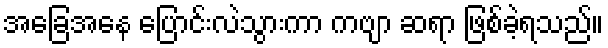
အခြေအနေ ပြောင်းလဲသွားကာ ကဗျာ ဆရာ ဖြစ်ခဲ့ရသည်။